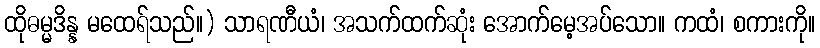
ထိုဓမ္မဒိန္န မထေရ်သည်။) သာရဏီယံ၊ အသက်ထက်ဆုံး အောက်မေ့အပ်သော။ ကထံ၊ စကားကို။